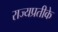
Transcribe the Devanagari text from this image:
राज्यप्रतीके